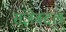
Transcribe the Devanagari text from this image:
संज्ञेबद्दल